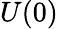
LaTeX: U(0)